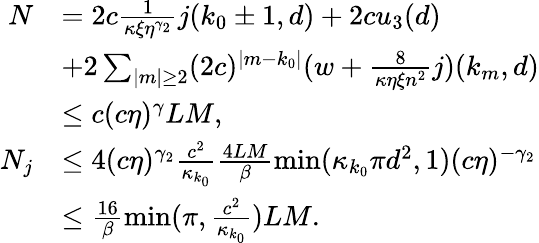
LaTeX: \begin{array}{rl}{N}&{=2c\frac 1{\kappa\xi\eta^{\gamma_{2}}}j(k_{0}\pm 1,d)+2cu_{3}(d)}\\ &{+2\sum_{\vert m\vert\ge 2}(2c)^{\vert m-k_{0}\vert}(w+\frac 8{\kappa\eta\xi n^{2}}j)(k_{m},d)}\\ &{\le c(c\eta)^{\gamma}LM,}\\ {N_{j}}&{\le 4(c\eta)^{\gamma_{2}}\frac{c^{2}}{\kappa_{k_{0}}}\frac{4LM}\beta\operatorname*{min}(\kappa_{k_{0}}\pi d^{2},1)(c\eta)^{-\gamma_{2}}}\\ &{\le\frac{16}\beta\operatorname*{min}(\pi,\frac{c^{2}}{\kappa_{k_{0}}})LM.}\end{array}